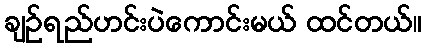
ချဉ်ရည်ဟင်းပဲကောင်းမယ် ထင်တယ်။